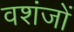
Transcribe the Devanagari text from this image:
वशंजों